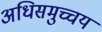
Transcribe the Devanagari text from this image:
अधिसमुच्चय